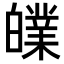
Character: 𤾧